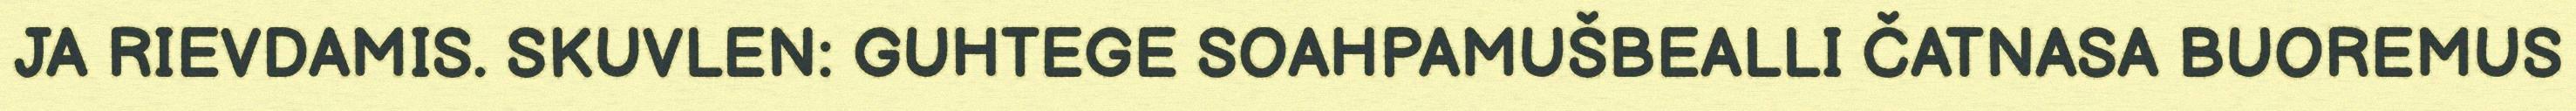
JA RIEVDAMIS. SKUVLEN: GUHTEGE SOAHPAMUŠBEALLI ČATNASA BUOREMUS